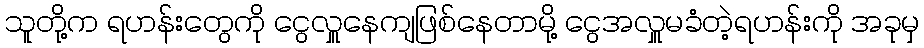
သူတို့က ရဟန်းတွေကို ငွေလှူနေကျဖြစ်နေတာမို့ ငွေအလှူမခံတဲ့ရဟန်းကို အခုမှ